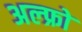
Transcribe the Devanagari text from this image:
अल्फ्रो